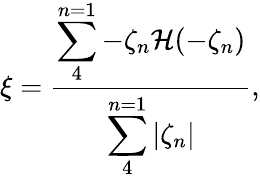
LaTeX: \xi=\frac{\displaystyle\sum_{4}^{n=1}{-\zeta_{n}\mathcal{H}(-\zeta_{n})}}{\displaystyle\sum_{4}^{n=1}{|\zeta_{n}|}},